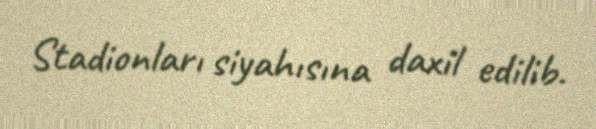
Stadionları siyahısına daxil edilib.